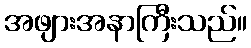
အဖျားအနာကြီးသည်။